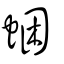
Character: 𧋕